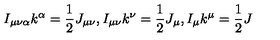
I _ { \mu \nu \alpha } k ^ { \alpha } = \frac { 1 } { 2 } J _ { \mu \nu } , I _ { \mu \nu } k ^ { \nu } = \frac { 1 } { 2 } J _ { \mu } , I _ { \mu } k ^ { \mu } = \frac { 1 } { 2 } J